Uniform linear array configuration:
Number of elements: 32
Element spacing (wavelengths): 0.5
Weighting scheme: hann
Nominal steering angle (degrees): -15
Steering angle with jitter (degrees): -15.696
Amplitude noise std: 0.05
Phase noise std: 0.05

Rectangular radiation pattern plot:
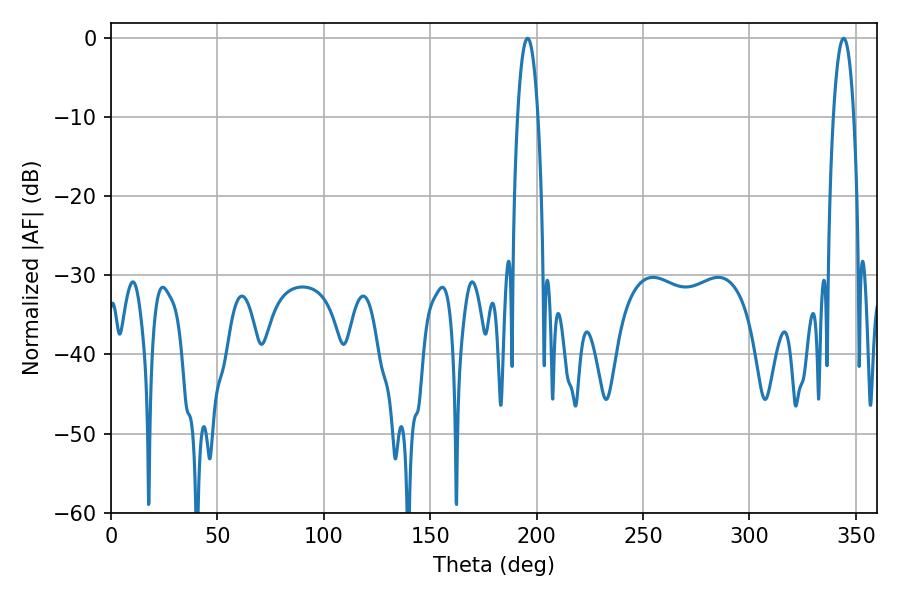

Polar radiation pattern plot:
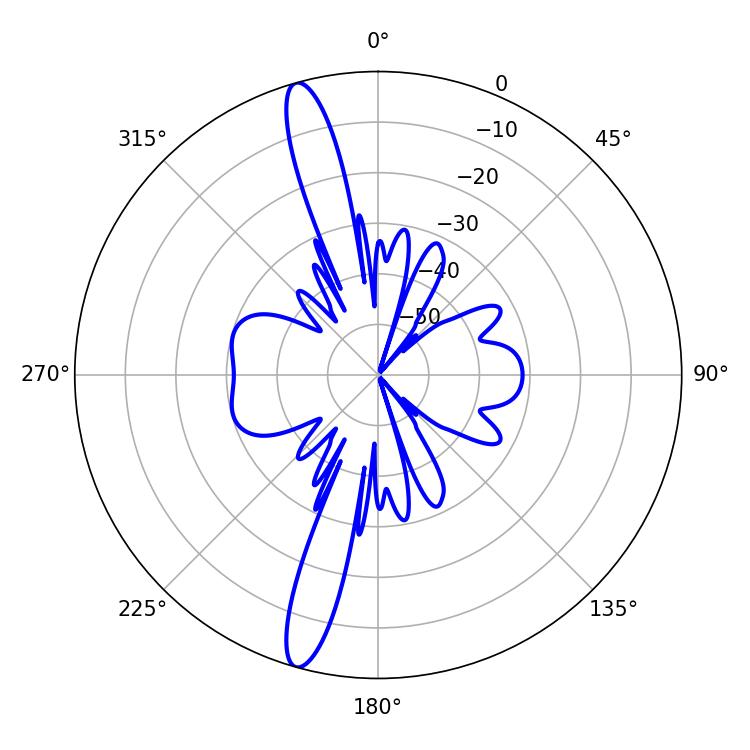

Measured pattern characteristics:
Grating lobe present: FALSE
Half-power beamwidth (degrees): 5.22
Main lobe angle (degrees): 195.66